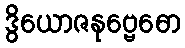
ဒွိယောဇနုဗ္ဗေဓော